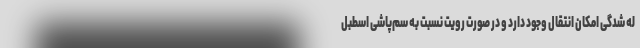
له شدگی امکان انتقال وجود دارد و در صورت رویت نسبت به سم‌پاشی اسطبل